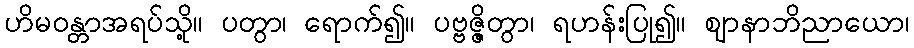
ဟိမဝန္တာအရပ်သို့။ ပတွာ၊ ရောက်၍။ ပဗ္ဗဇ္ဇိတွာ၊ ရဟန်းပြု၍။ ဈာနာဘိညာယော၊